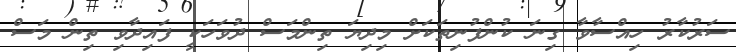
ސަރުކާރު ހިއްސާވާ ގިނަ ކުންފުނިތަކަށް މިދިޔަ ތިންމަސް ދުވަހަކީ ފައިދާވި ތިން މަސް